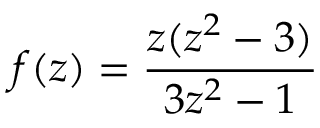
f ( z ) = \frac { z ( z ^ { 2 } - 3 ) } { 3 z ^ { 2 } - 1 }